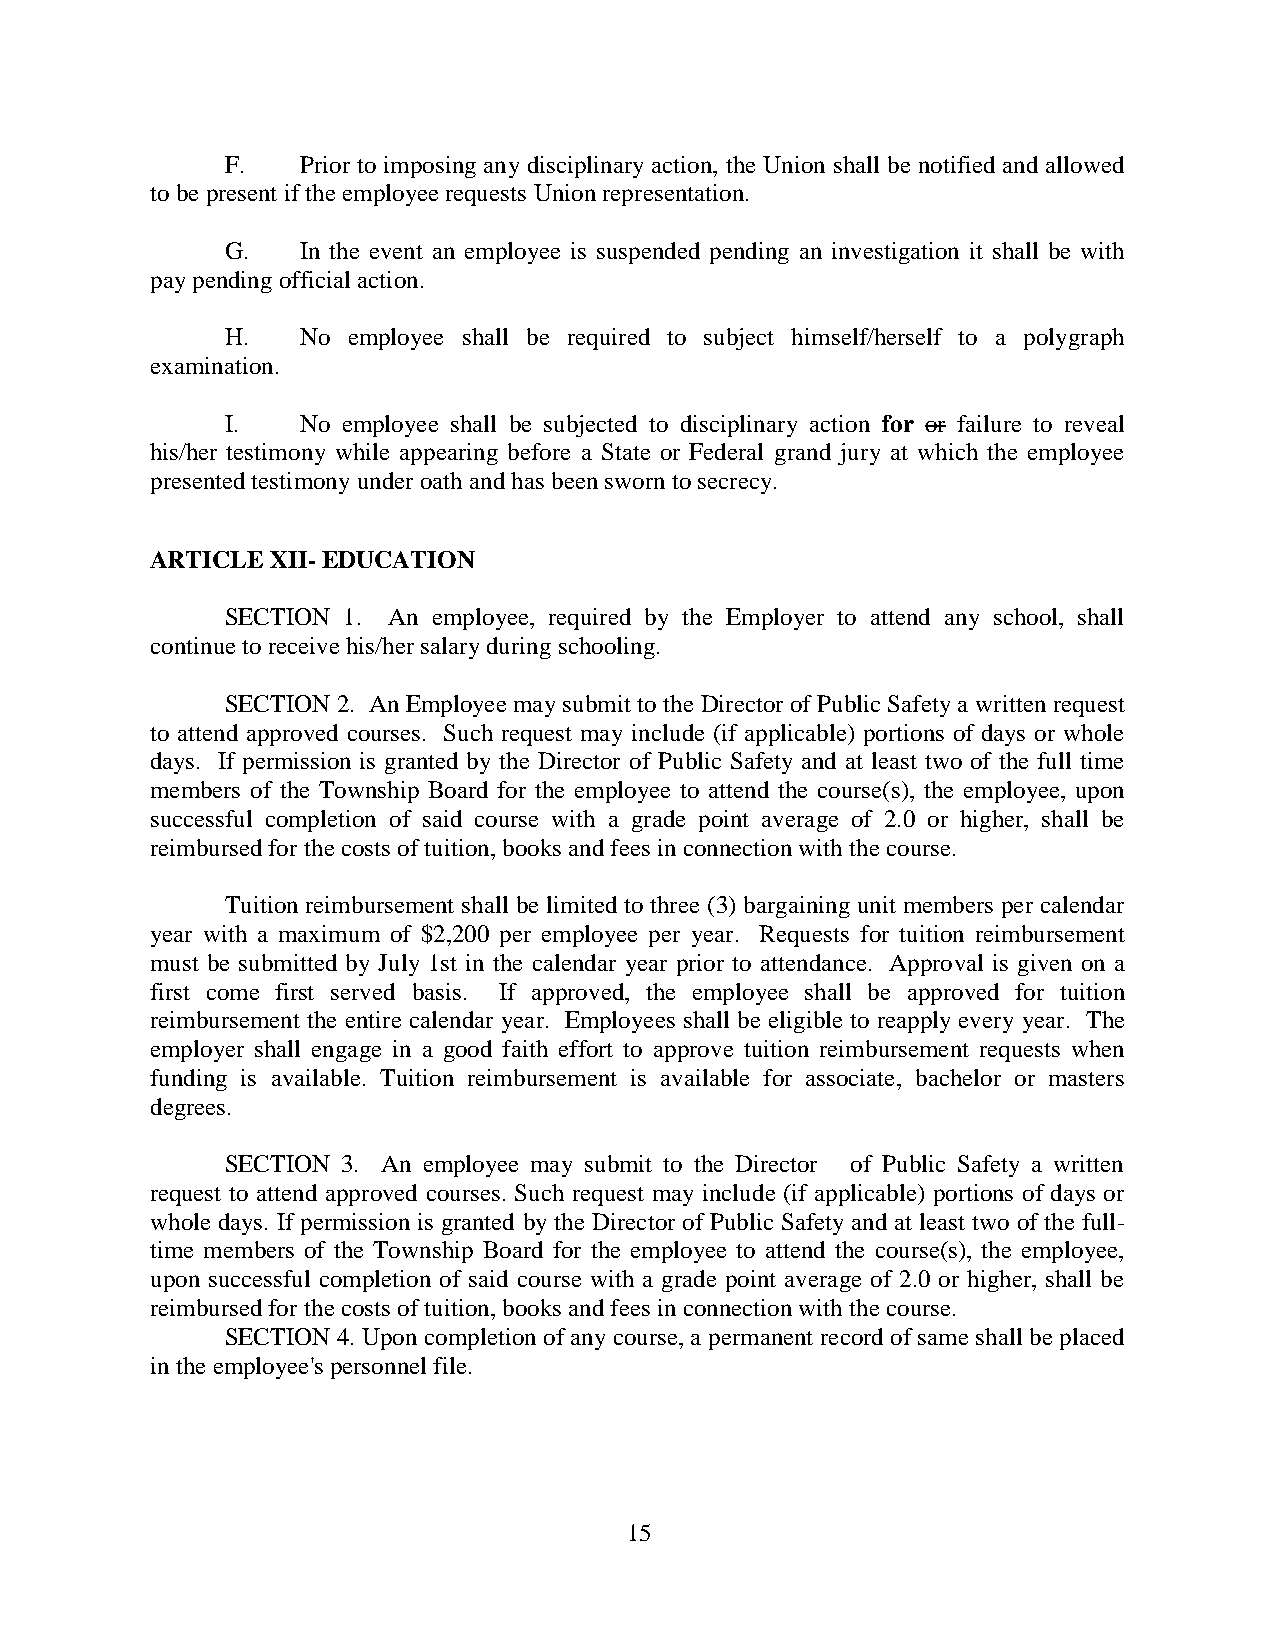
F.   Prior to imposing any disciplinary action, the Union shall be notified and allowed
 to be present if the employee requests Union representation.
 G.   In the event an employee is suspended pending an investigation it shall be with
 pay pending official action.
 H.   No employee shall be required to subject himself/herself to a polygraph
 examination.
 I.   No employee shall be subjected to disciplinary action for or failure to reveal
 his/her testimony while appearing before a State or Federal grand jury at which the employee
 presented testimony under oath and has been sworn to secrecy.
 ARTICLE XII- EDUCATION
 SECTION 1. An employee, required by the Employer to attend any school, shall
 continue to receive his/her salary during schooling.
 SECTION 2. An Employee may submit to the Director of Public Safety a written request
 to attend approved courses. Such request may include (if applicable) portions of days or whole
 days. If permission is granted by the Director of Public Safety and at least two of the full time
 members of the Township Board for the employee to attend the course(s), the employee, upon
 successful completion of said course with a grade point average of 2.0 or higher, shall be
 reimbursed for the costs of tuition, books and fees in connection with the course.
 Tuition reimbursement shall be limited to three (3) bargaining unit members per calendar
 year with a maximum of $2,200 per employee per year. Requests for tuition reimbursement
 must be submitted by July 1st in the calendar year prior to attendance. Approval is given on a
 first come first served basis. If approved, the employee shall be approved for tuition
 reimbursement the entire calendar year. Employees shall be eligible to reapply every year. The
 employer shall engage in a good faith effort to approve tuition reimbursement requests when
 funding is available. Tuition reimbursement is available for associate, bachelor or masters
 degrees.
 SECTION 3. An employee may submit to the Director of Public Safety a written
 request to attend approved courses. Such request may include (if applicable) portions of days or
 whole days. If permission is granted by the Director of Public Safety and at least two of the full-
 time members of the Township Board for the employee to attend the course(s), the employee,
 upon successful completion of said course with a grade point average of 2.0 or higher, shall be
 reimbursed for the costs of tuition, books and fees in connection with the course.
 SECTION 4. Upon completion of any course, a permanent record of same shall be placed
 in the employee's personnel file.
 15